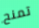
تمنح